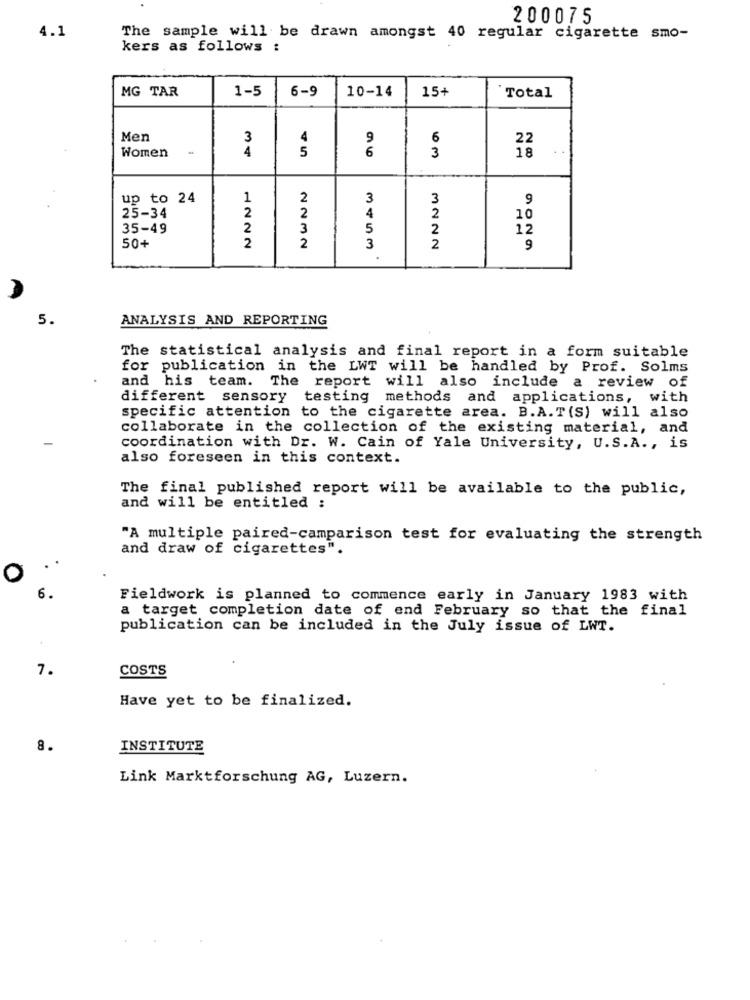
200075
4.1
The sample will be drawn amongst 40 regular cigarette smo-
kers as follows :
MG TAR
1-5
6-9
10-14
15+
Total
Men
3
4
9
6
22
Women
4
5
6
3
18
up to 24
1
2
3
3
9
2
4
2
25-34
2
10
35-49
2
3
5
2
12
2
50+
2
3
2
9
5.
ANALYSIS AND REPORTING
The statistical analysis and final report in a form suitable
for publication in the LWT will be handled by Prof. Solms
and his team. The report will also include a review of
different sensory
testing methods and applications, with
specific attention to the cigarette area. B.A.T(S) will also
collaborate in the collection of the existing material, and
coordination with Dr. W. Cain of Yale University, U.S.A ., is
also foreseen in this context.
The final published report will be available to the public,
and will be entitled :
"A multiple paired-camparison test for evaluating the strength
and draw of cigarettes".
O
6.
Fieldwork is planned to commence early in January 1983 with
a target completion date of end February so that the final
publication can be included in the July issue of LWT.
7.
COSTS
Have yet to be finalized.
8.
INSTITUTE
Link Marktforschung AG, Luzern.